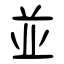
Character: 並